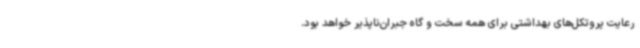
رعایت پروتکل‌های بهداشتی برای همه سخت و گاه جبران‌ناپذیر خواهد بود.